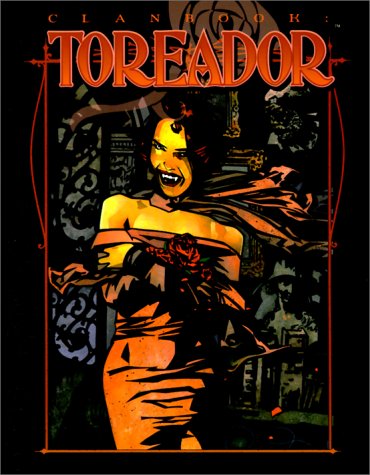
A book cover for Clanbook: Toreador, Revised Edition (Vampire: The Masquerade); Heather Grove; Science Fiction & Fantasy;